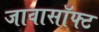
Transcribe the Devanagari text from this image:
जावासॉफ्ट